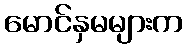
မောင်နှမများက